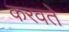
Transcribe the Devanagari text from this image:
करवते